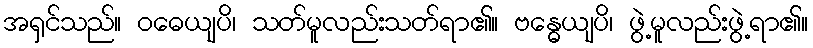
အရှင်သည်။ ဝဓေယျပိ၊ သတ်မူလည်းသတ်ရာ၏။ ဗန္ဓေယျပိ၊ ဖွဲ့မူလည်းဖွဲ့ရာ၏။